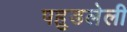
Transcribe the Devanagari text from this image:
पहुडलेली